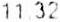
11.32